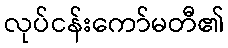
လုပ်ငန်းကော်မတီ၏